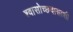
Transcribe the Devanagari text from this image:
श्वासोच्छवासाशी